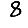
Digit: 8